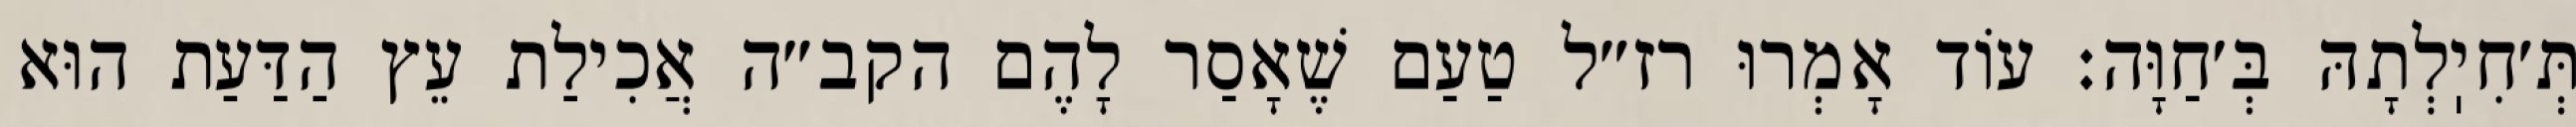
תְּ׳חִיֽלְתָהּ בְּ׳חַוָּה: עוֹד אָמְרוּ רז״ל טַעַם שֶׁאָסַר לָהֶם הקב״ה אֲכִילַת עֵץ הַדַּעַת הוּא